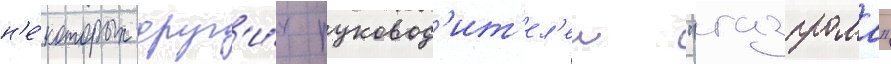
н'е́которых друг'и́х руковод'ит'ел'еи "газпрома"